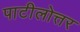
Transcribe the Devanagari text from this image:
पाटीलोत्तर